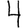
Digit: 4